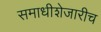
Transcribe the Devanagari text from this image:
समाधीशेजारीच